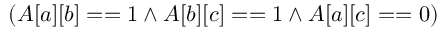
( A [ a ] [ b ] = = 1 \land A [ b ] [ c ] = = 1 \land A [ a ] [ c ] = = 0 )